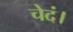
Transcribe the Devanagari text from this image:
चेदं।